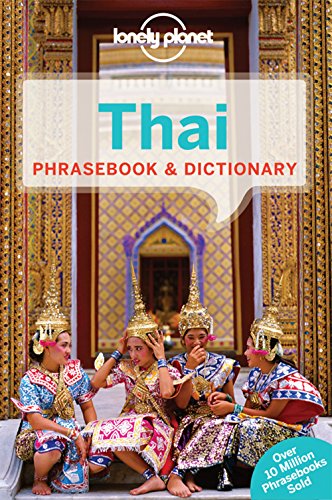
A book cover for Lonely Planet Thai Phrasebook & Dictionary; Lonely Planet; Travel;